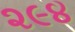
૨૯૪